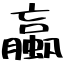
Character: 蠃